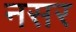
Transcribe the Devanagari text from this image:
नसर